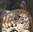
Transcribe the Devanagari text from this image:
खड़ौआ